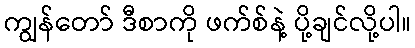
ကျွန်တော် ဒီစာကို ဖက်စ်နဲ့ ပို့ချင်လို့ပါ။